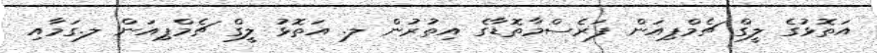
އަތޮޅުގެ ލީގް ޗެމްޕިއަން ފަރެސްމާތޮޑާގެ އިތުރުން ލ. އަތޮޅު ލީގް ޗެމްޕިއަން ލ.ގަމާއި